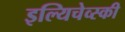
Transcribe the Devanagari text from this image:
इल्यिचेव्स्की